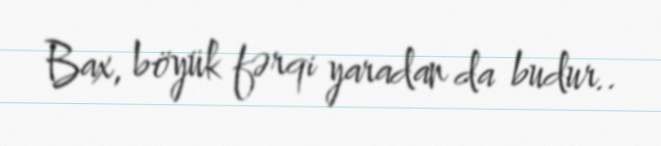
Bax, böyük fərqi yaradan da budur..